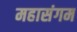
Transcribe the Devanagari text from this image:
महासंगम